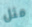
مثل